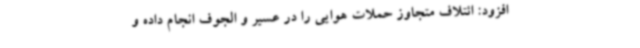
افزود: ائتلاف متجاوز حملات هوایی را در عسیر و الجوف انجام داده و